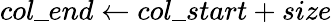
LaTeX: col\_ end\gets col\_ start+size